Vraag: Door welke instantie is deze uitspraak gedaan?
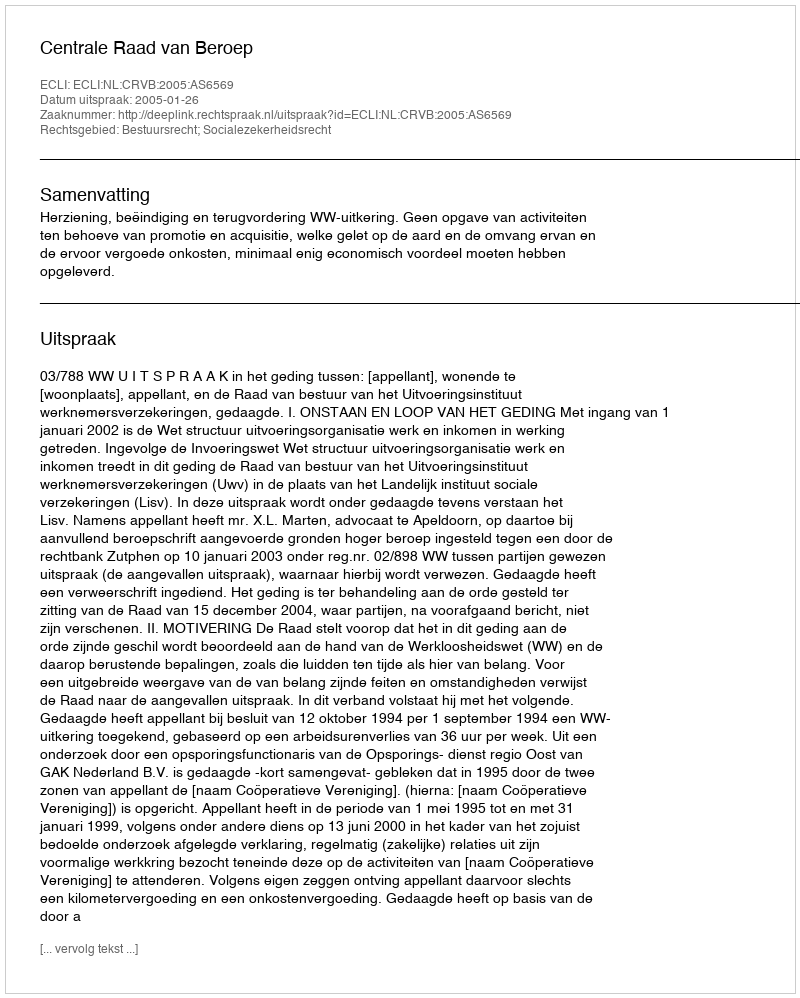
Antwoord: Centrale Raad van Beroep